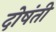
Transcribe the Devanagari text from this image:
दोषंती